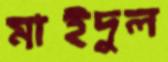
মাইদুল